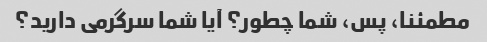
مطمئنا، پس، شما چطور؟ آیا شما سرگرمی دارید؟